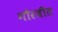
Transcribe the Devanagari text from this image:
गौरजीत